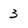
Character: 3